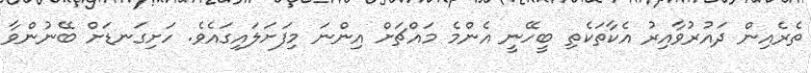
ތެރެއިން ދައުރުވާއިރު އެކާތަކެތި ބީހޭނީ އެންމެ މައްޗަށް އިންނަ މިފަށަލައިގައެވެ. ހަށިގަނޑަށް ބޭނުންވާ